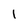
Character: 1